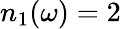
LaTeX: n_{1}(\omega)=2